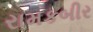
રામકબીર